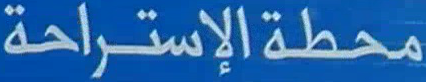
محطة الإستراحة